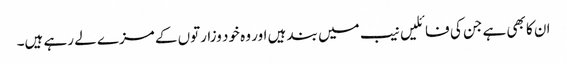
ان کا بھی ہے جن کی فائلیں نیب میں بند ہیں اور وہ خود وزارتوں کے مزے لے رہے ہیں۔